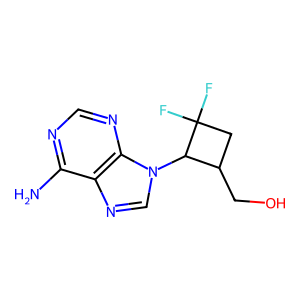
SMILES: Nc1ncnc2c1ncn2C1C(CO)CC1(F)F
Inhibits HIV replication: No